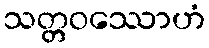
သတ္တဝဿောဟံ